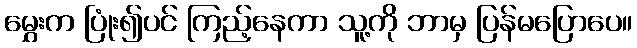
မွှေးက ပြုံး၍ပင် ကြည့်နေကာ သူ့ကို ဘာမှ ပြန်မပြောပေ။